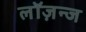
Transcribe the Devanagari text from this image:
लॉज़न्ज